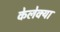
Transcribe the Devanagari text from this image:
केलेक्या